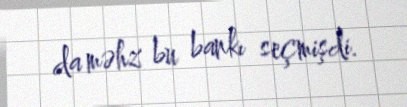
da məhz bu bankı seçmişdi.